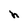
Character: h